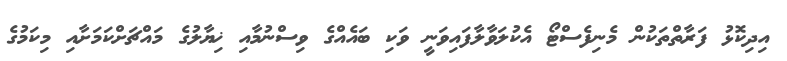
އިދިކޮޅު ފަރާތްތަކުން މެނިފެސްޓޯ އެކުލަވާލާފައިވަނީ ވަކި ބައެއްގެ ވިސްނުމާއި ޚިޔާލުގެ މައްޗަށްކަމަށާއި މިކަމުގެ